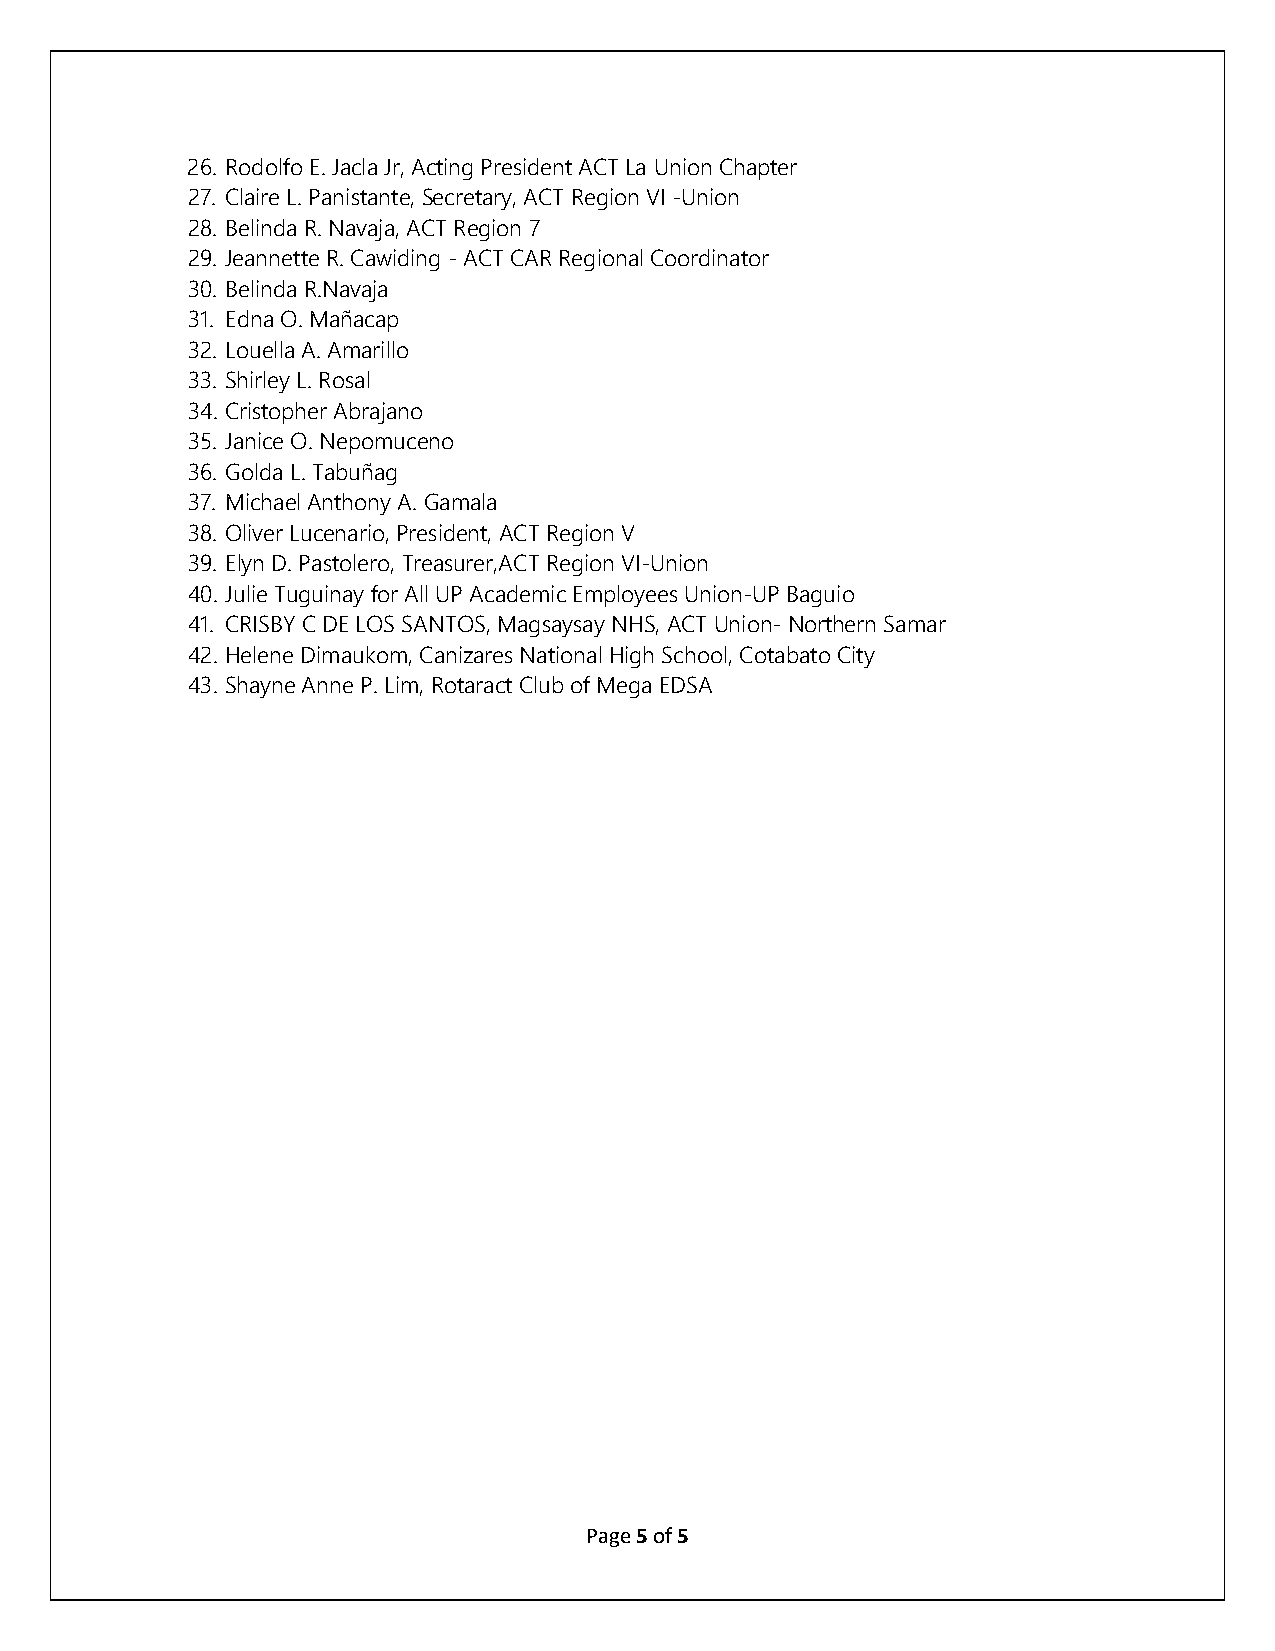
26. Rodolfo E. Jacla Jr, Acting President ACT La Union Chapter
 27. Claire L. Panistante, Secretary, ACT Region VI -Union
 28. Belinda R. Navaja, ACT Region 7
 29. Jeannette R. Cawiding - ACT CAR Regional Coordinator
 30. Belinda R.Navaja
 31. Edna O. Mañacap
 32. Louella A. Amarillo
 33. Shirley L. Rosal
 34. Cristopher Abrajano
 35. Janice O. Nepomuceno
 36. Golda L. Tabuñag
 37. Michael Anthony A. Gamala
 38. Oliver Lucenario, President, ACT Region V
 39. Elyn D. Pastolero, Treasurer,ACT Region VI-Union
 40. Julie Tuguinay for All UP Academic Employees Union-UP Baguio
 41. CRISBY C DE LOS SANTOS, Magsaysay NHS, ACT Union- Northern Samar
 42. Helene Dimaukom, Canizares National High School, Cotabato City
 43. Shayne Anne P. Lim, Rotaract Club of Mega EDSA
 Page 5 of 5